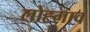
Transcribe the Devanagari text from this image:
लोह्गाव